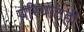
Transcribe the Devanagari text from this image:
परिपाठही